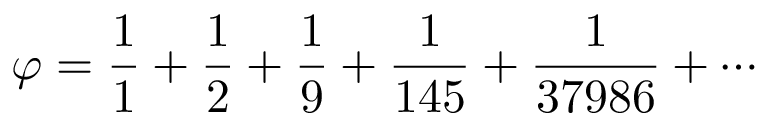
\varphi = { \frac { 1 } { 1 } } + { \frac { 1 } { 2 } } + { \frac { 1 } { 9 } } + { \frac { 1 } { 1 4 5 } } + { \frac { 1 } { 3 7 9 8 6 } } + \cdots